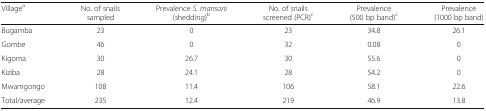
| Villagea | No. of snails sampled | Prevalence S. mansoni (shedding)b | No. of snails screened (PCR)c | Prevalence (500 bp band)c | Prevalence (1000 bp band) |
 | --- | --- | --- | --- | --- | --- |
 | Bugamba | 23 | 0 | 23 | 34.8 | 26.1 |
 | Gombe | 46 | 0 | 32 | 0.08 | 0 |
 | Kigoma | 30 | 26.7 | 30 | 55.6 | 0 |
 | Kiziba | 28 | 24.1 | 28 | 54.2 | 0 |
 | Mwamgongo | 108 | 11.4 | 106 | 58.1 | 22.6 |
 | Total/average | 235 | 12.4 | 219 | 46.9 | 13.8 |